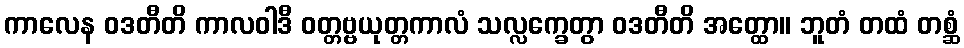
ကာလေန ဝဒတီတိ ကာလဝါဒီ ဝတ္တဗ္ဗယုတ္တကာလံ သလ္လက္ခေတွာ ဝဒတီတိ အတ္ထော။ ဘူတံ တထံ တစ္ဆံ